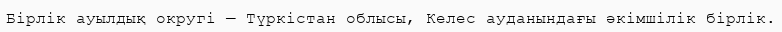
Бірлік ауылдық округі — Түркістан облысы, Келес ауданындағы әкімшілік бірлік.